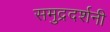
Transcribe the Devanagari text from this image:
समुद्रदर्शनी